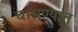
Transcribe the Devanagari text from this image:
चाचण्यात